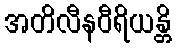
အတိလီနဝီရိယန္တိ